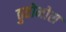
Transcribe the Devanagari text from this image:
ठुतोमोस